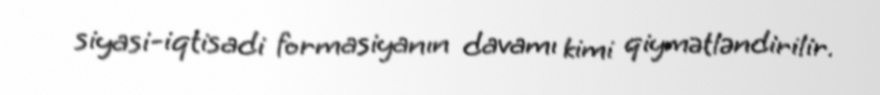
siyasi-iqtisadi formasiyanın davamı kimi qiymətləndirilir.